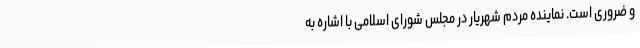
و ضروری است. نماینده مردم شهریار در مجلس شورای اسلامی با اشاره به